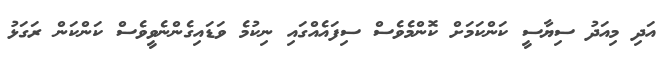
އަދި މިއަދު ސިޔާސީ ކަންކަމަށް ކޮންމެވެސް ސިފައެއްގައި ނިކުމެ ވަޑައިގެންނެވީވެސް ކަންކަން ރަގަޅު